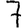
Digit: 7